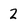
Character: 2